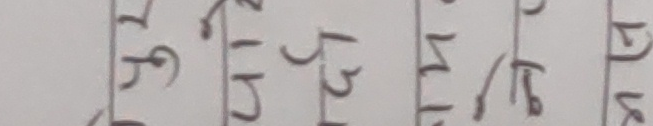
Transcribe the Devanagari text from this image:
२५९ २५५ ५८५ ५४२ ५१७ १४६ २२५